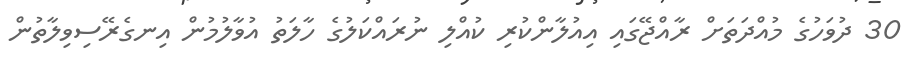
30 ދުވަހުގެ މުއްދަތަށް ރާއްޖޭގައި އިއުލާންކުރި ކުއްލި ނުރައްކަލުގެ ހާލަތު އުވާލުމުން އިނގެރޭސިވިލާތުން